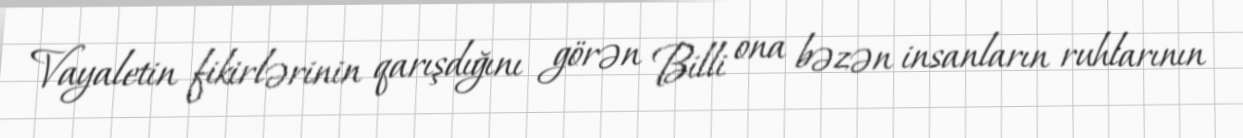
Vayaletin fikirlərinin qarışdığını görən Billi ona bəzən insanların ruhlarının